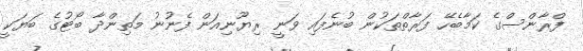
ފްރާންސްގެ ކަމާބެހޭ ފަރާތްތަކުން ބުނެފައި ވަނީ ރިޔޫނިއަން ފެނުނު މަތިންދާ ބޯޓުގެ ބަޔަކީ